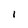
Character: 1